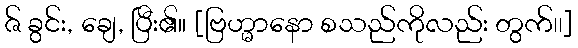
ဇ် ခွင်း, ချေ, ပြီး၏။ [ဗြဟ္မာနော စသည်ကိုလည်း တွက်၊၊]